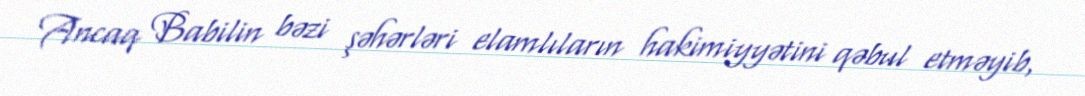
Ancaq Babilin bəzi şəhərləri elamlıların hakimiyyətini qəbul etməyib,